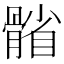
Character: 𩩭